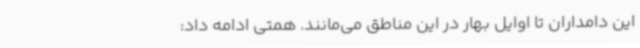
این دامداران تا اوایل بهار در این مناطق می‌مانند. همتی ادامه داد:‌